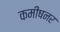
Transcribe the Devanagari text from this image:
कमीषनर